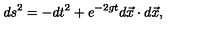
d s ^ { 2 } = - d t ^ { 2 } + e ^ { - 2 g t } d \vec { x } \cdot d \vec { x } ,